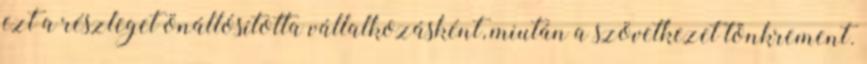
ezt a részleget önállósította vállalkozásként, miután a szövetkezet tönkrement.